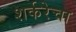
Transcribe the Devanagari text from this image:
शर्करेचा